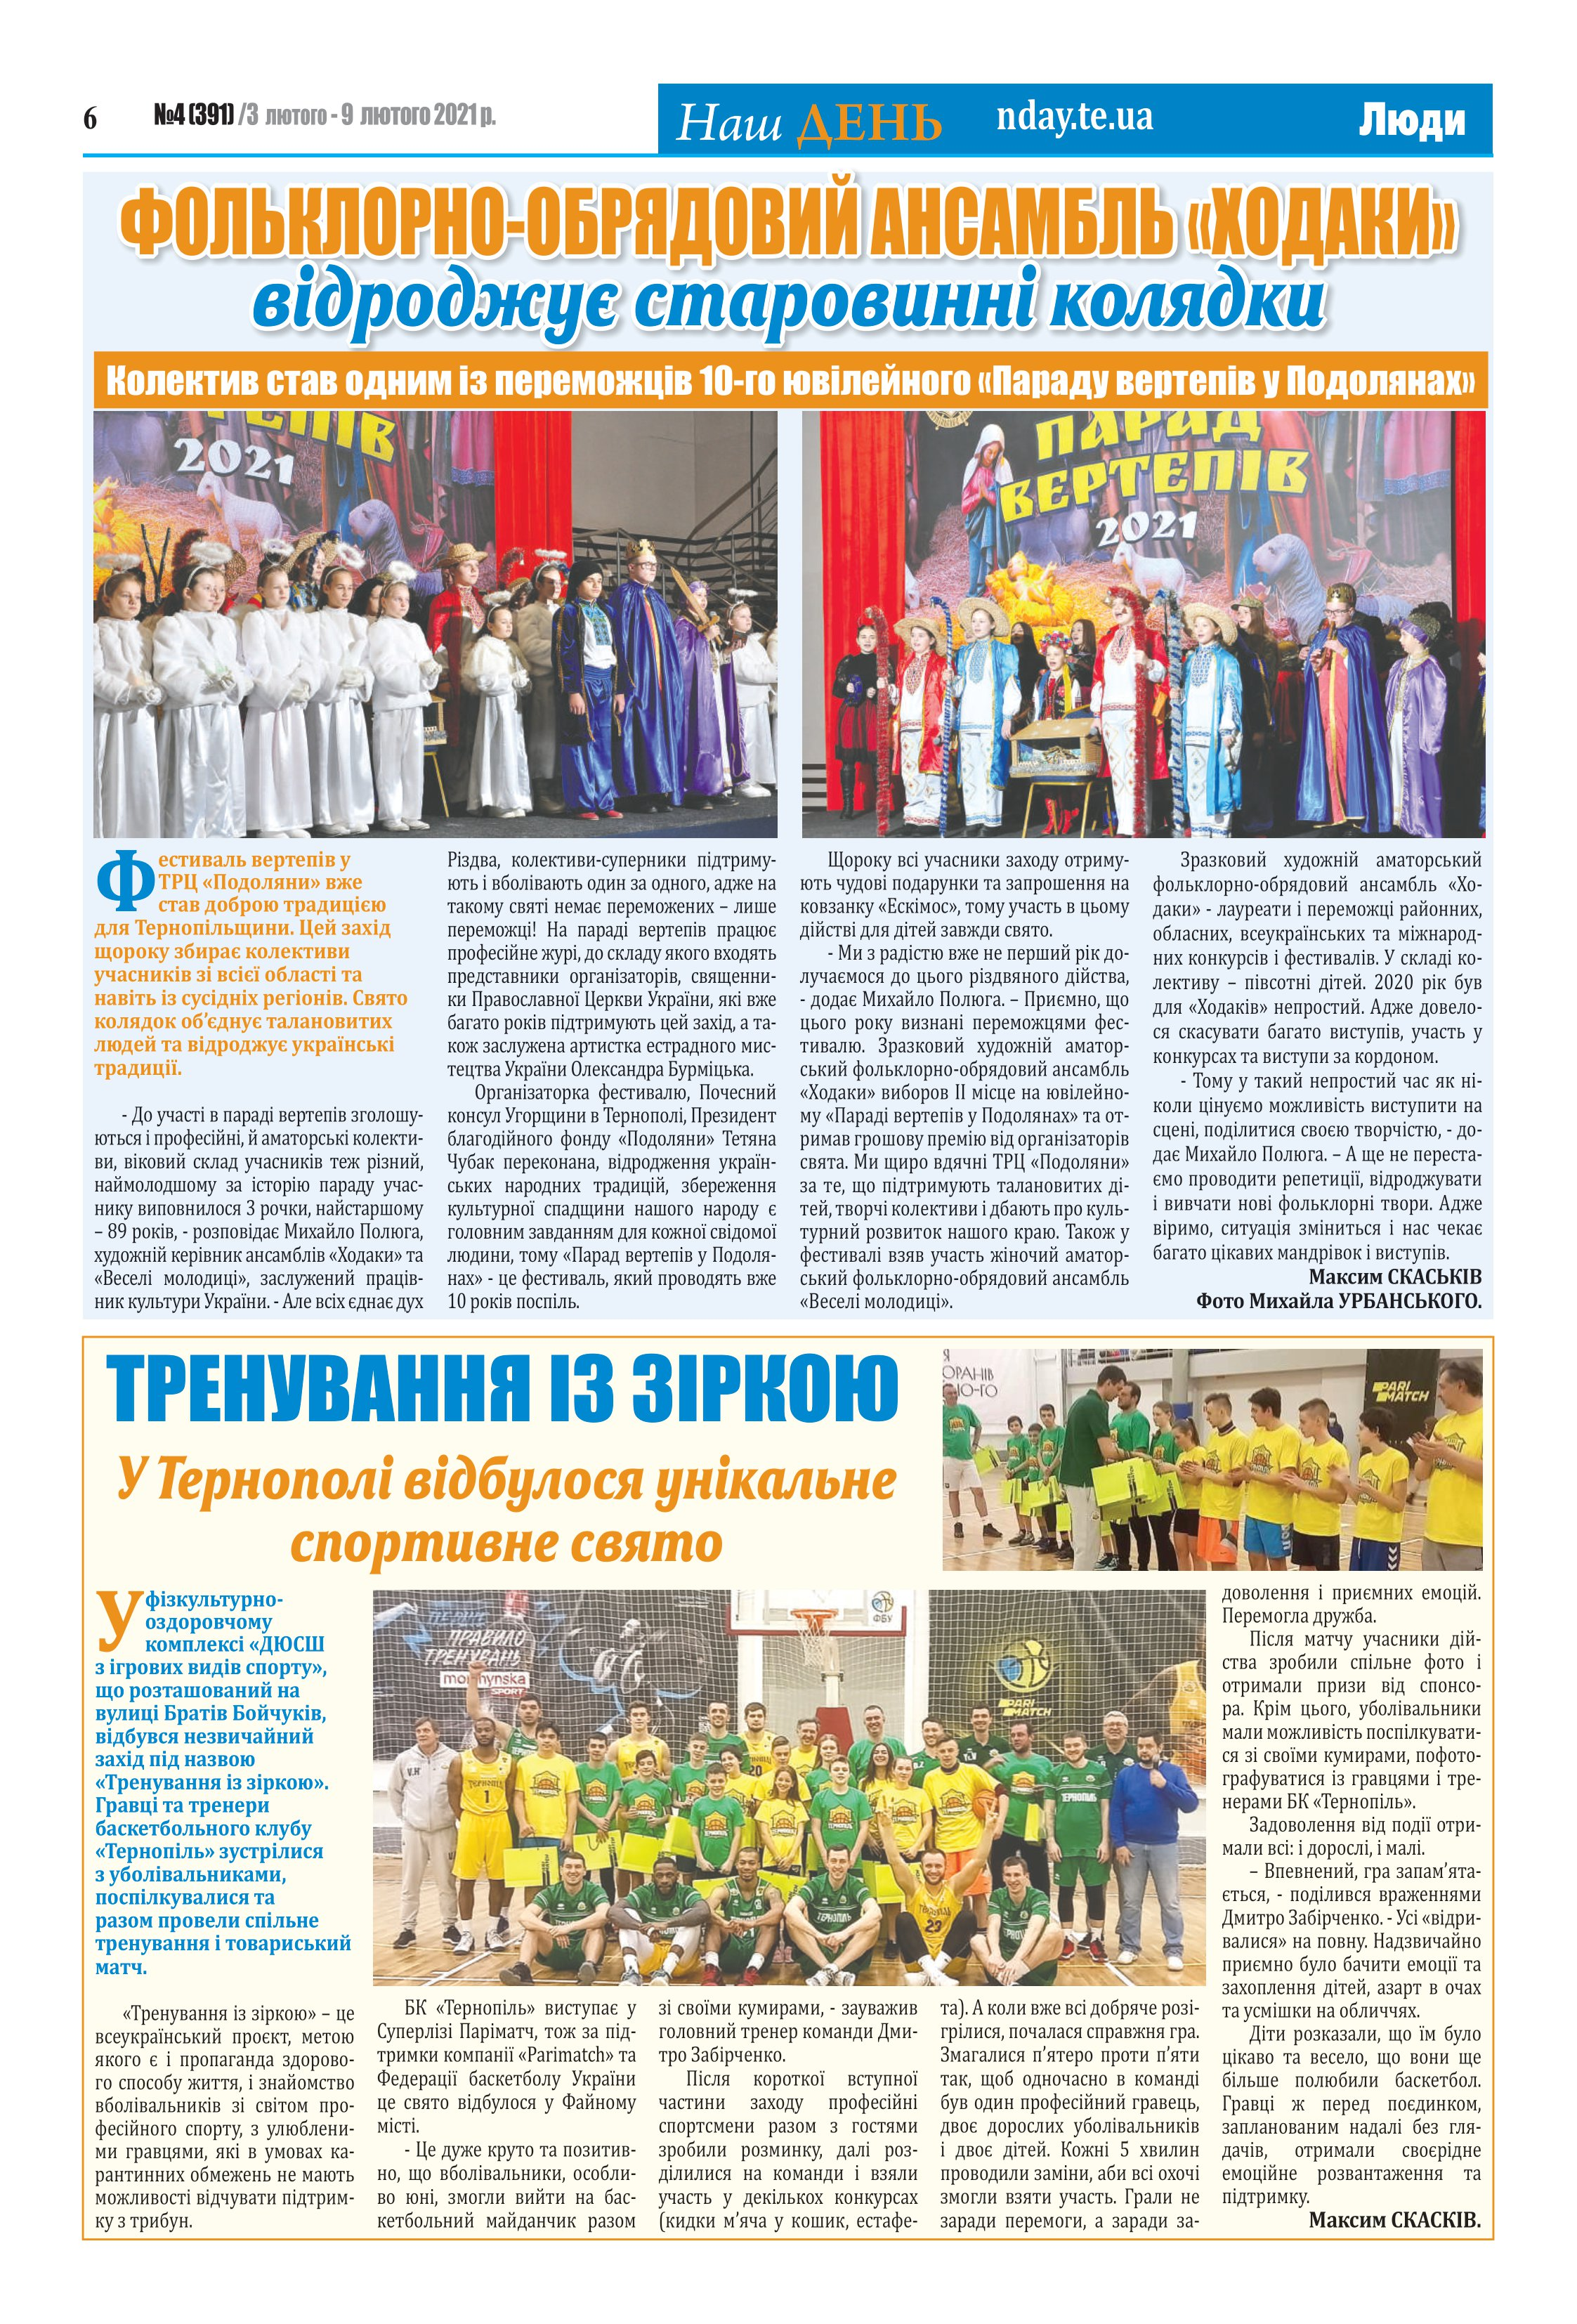
Language: uk